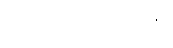
ဖြစ်ပေါ်နေသည်ကို